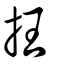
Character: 抂